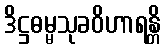
ဒိဋ္ဌဓမ္မသုခဝိဟာရန္တိ